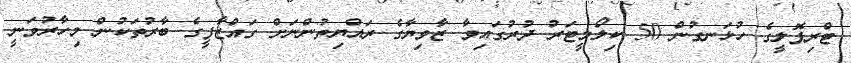
ޓްރިޕޮލީގެ ހުޅަނގުން 50 ކިލޯމީޓަރު ދުރުގައިވާ ޒާވިޔާގެ ރައްޔިތުންނަށް ގައްޒާފީގެ ބާރުތަކުން މިހާރުވަނީ